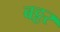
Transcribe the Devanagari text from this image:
बट्टर